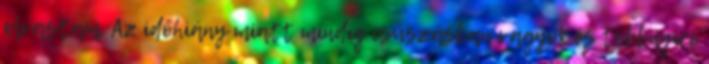
olvastam. Az időhiány miatt mindig csúszásban vagyok és többnyire